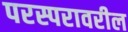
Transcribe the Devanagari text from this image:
परस्परावरील